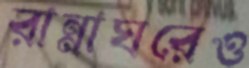
রান্নাঘরেও